Civil Veterinary Dept. Bombay admin report 1900-1906 - 1900-1906
Year: 1900
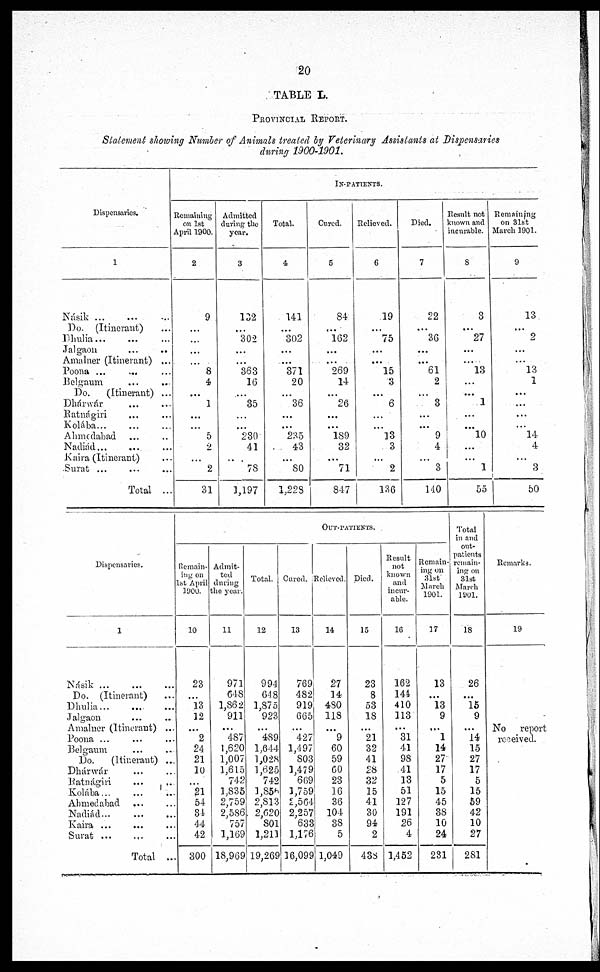
20
TABLE L.
PROVINCIAL REPORT.
Statement showing Number of Animals treated by Veterinary Assistants at Dispensaries
during 1900-1901.
Dispensaries.
1
Násik
...
...
...
Do. (Itinerant) ...
Dhulia ... ... ...
Jalgaon ... ...
Amalner (Itinerant) ...
Poona ...
Belgaum ... ...
Do.
(Itinerant) ...
Dhárwár ... ...
Ratnágiri ... ...
Kolába ... ...
Ahmedabad ... ...
Nadiád
...
...
...
Kaira (Itinerant) ...
Surat ... ... ...
Total ...
IN-PATIENTS.
Remaining
on 1st
April 1900.
2
9
...
...
...
...
8
4
...
1
...
...
5
2
...
2
31
Admitted
during the
year.
3
132
...
302
...
...
363
16
...
35
...
...
230
41
...
78
1,197
Total.
4
141
...
302
...
...
371
20
...
36
...
...
235
43
...
80
1,228
Cured.
5
84
...
162
...
...
269
14
...
26
...
...
189
32
...
71
847
Relieved.
6
19
...
75
...
...
15
3
...
6
...
...
13
3
...
2
136
Died.
7
22
...
36
...
...
61
2
...
3
...
...
9
4
...
3
140
Result not
known and
incurable.
8
3
...
27
...
...
13
...
...
1
...
...
10
...
...
1
55
Remaining
on 31st
March 1901.
9
13
...
2
...
13
1
...
...
...
...
14
4
...
3
50
Dispensaries.
1
Násik
...
...
...
Do. (Itinerant)
Dhulia
Jalgaon
Amalner (Itinerant) ...
Poona ...
Belgaum ... ...
Do.
(Itinerant) ...
Dhárwár ... ...
Ratnágiri ... ...
Kolába ... ... ...
Ahmedabad ... ...
Nadiád
...
...
Kaira ...
Surat ...
...
Total ...
OUT-PATIENTS.
Remain-
ing on
1st April
1900.
10
23
...
13
12
...
2
24
21
10
...
21
54
34
44
42
300
Admit-
ted
during
the year.
11
971
648
1,862
911
...
487
1,620
1,007
1,615
742
1,835
2,759
2,586
757
1,169
18,969
Total.
12
994
648
1,875
923
...
489
1,614
1,028
1,625
742
1,855
2,813
2,620
801
1,211
19,269
Cured.
13
769
482
919
665
...
4 27
1,497
803
1,479
609
1,759
2,564
2,257
633
1,176
16,099
Relieved.
14
27
14
480
118
...
9
60
59
60
23
36
36
104
38
5
1,049
Died.
15
23
8
53
18
...
21
32
41
28
32
15
41
30
94
2
438
Result
not
known
and
incur-
able.
16
162
141
410
113
...
31
41
98
41
13
51
127
191
26
4
1,452
Remain-
ing on
31st
March
1901.
17
13
...
13
9
...
1
14
27
17
5
15
45
38
10
24
231
Total
in and
out-
patients
remain-
ing on
31st
March
1901.
18
26
...
15
9
...
14
15
27
17
5
15
59
42
10
27
281
Remarks.
19
No report
received.